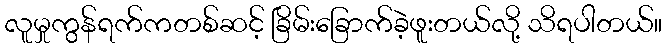
လူမှုကွန်ရက်ကတစ်ဆင့် ခြိမ်းခြောက်ခဲ့ဖူးတယ်လို့ သိရပါတယ်။